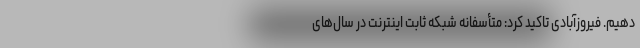
دهیم. فیروزآبادی تاکید کرد: متأسفانه شبکه ثابت اینترنت در سال‌های